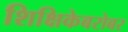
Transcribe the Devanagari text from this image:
शिक्षिकेबरोबर